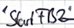
Text: "StartFB2"